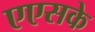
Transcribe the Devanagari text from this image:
एएसके